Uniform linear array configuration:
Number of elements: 64
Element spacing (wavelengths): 1
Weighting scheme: blackman
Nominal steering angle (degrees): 60
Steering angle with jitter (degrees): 58.495
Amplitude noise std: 0.05
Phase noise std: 0.05

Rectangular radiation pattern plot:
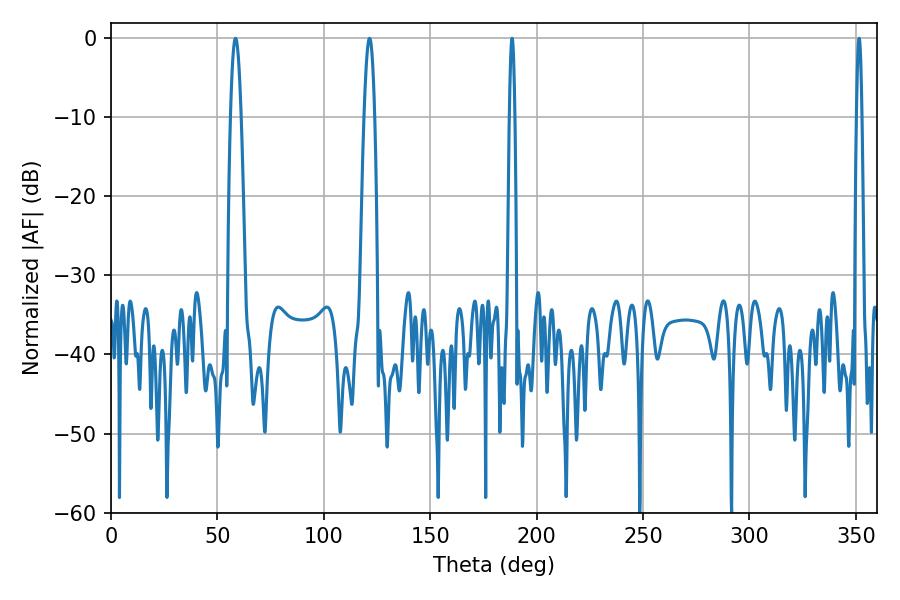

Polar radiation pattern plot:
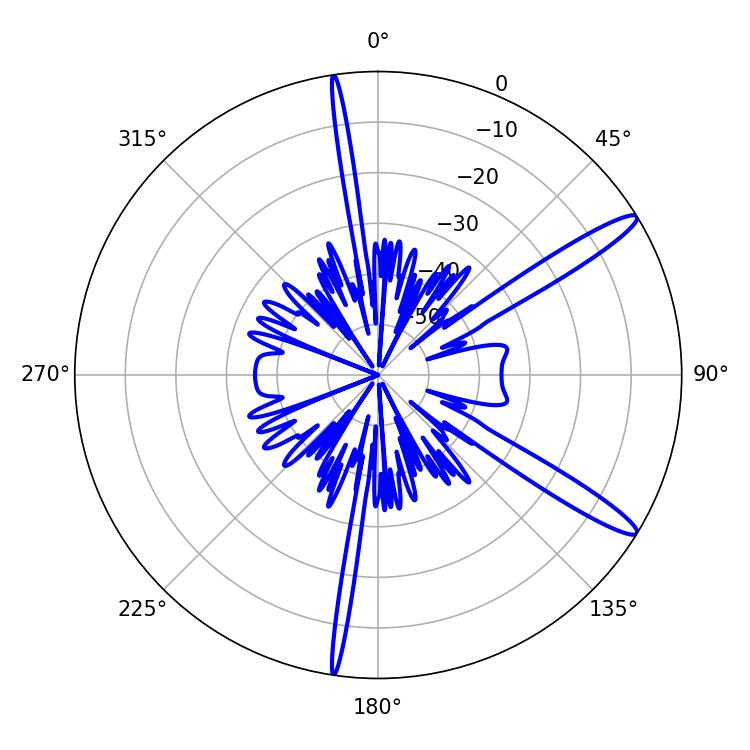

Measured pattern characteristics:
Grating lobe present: TRUE
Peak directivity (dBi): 13.913
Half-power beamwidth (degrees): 1.44
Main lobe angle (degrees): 188.46